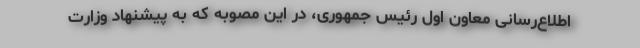
اطلاع‌رسانی معاون اول رئیس جمهوری، در این مصوبه که به پیشنهاد وزارت